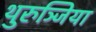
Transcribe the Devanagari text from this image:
थुरुञ्जिया